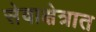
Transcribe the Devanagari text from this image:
सेवाक्षेत्रात